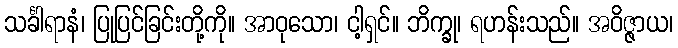
သင်္ခါရာနံ၊ ပြုပြင်ခြင်းတို့ကို။ အာဝုသော၊ ငါ့ရှင်။ ဘိက္ခု၊ ရဟန်းသည်။ အဝိဇ္ဇာယ၊